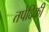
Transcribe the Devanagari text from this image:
तपेदिकी